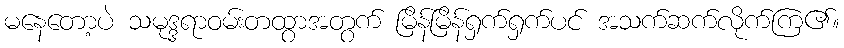
မနေတော့ပဲ သမုဒ္ဒရာဝမ်းတထွာအတွက် မြိန်မြိန်ရှက်ရှက်ပင် အသက်ဆက်လိုက်ကြ၏။